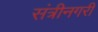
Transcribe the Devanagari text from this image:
संत्रीनगरी